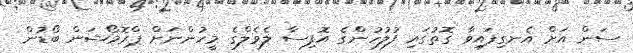
ސަން އަށް އެނގިފައިވާ ގޮތުގައި ފުލުހުންގެ އޮފިސާ ލެވެލްގެ މީހުންނަށް ޕްރޮމޯޝަން ބޯޑުން